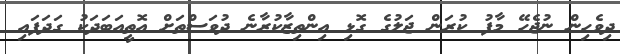
ދިވެހިން ނުޖެހޭ މާފު ކުރަން ޖަލުގެ ގޮޅި އިންތިޒާކުރާނެ ދުވަސްތަށް އޮތީއަބަދަކު ގަދަފައި